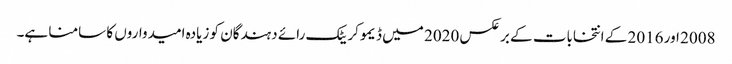
2008 اور 2016 کے انتخابات کے برعکس 2020 میں ڈیموکریٹک رائے دہندگان کو زیادہ امیدواروں کا سامنا ہے۔